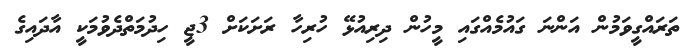
ތަރައްގީވަމުން އަންނަ ގައުމެއްގައި މީހުން ދިރިއުޅޭ ހުރިހާ ރަށަކަށް 3ޖީ ހިދުމަތްދެވުމަކީ އާދައިގެ